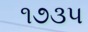
૧૭૩૫